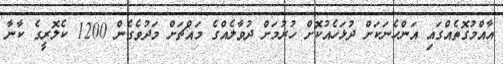
އާއްމުގޮތެއްގައި އަންހެނަކަށް ދުޅަހެއުކޮށް ހުރުމަށް ދުވާލެއްގެ މައްޗަށް މަދުވެގެން 1200 ކެލޮރީގެ ކާނާ